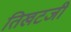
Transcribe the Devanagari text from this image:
तिखटजी